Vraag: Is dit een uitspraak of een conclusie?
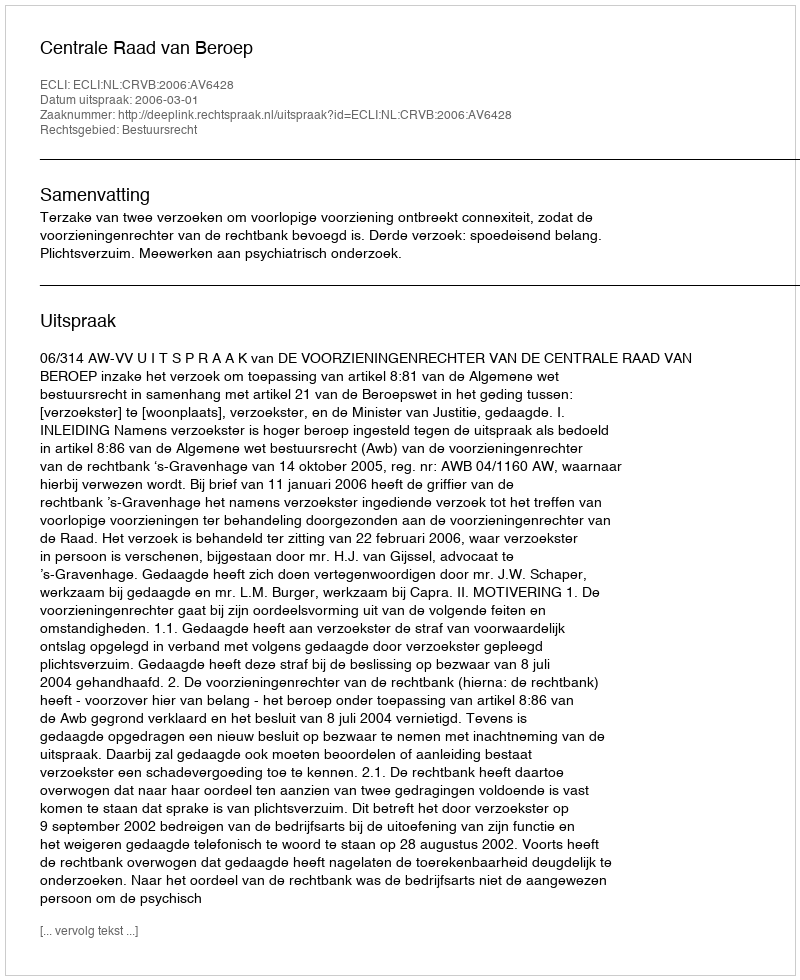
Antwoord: Uitspraak